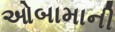
ઓબામાની